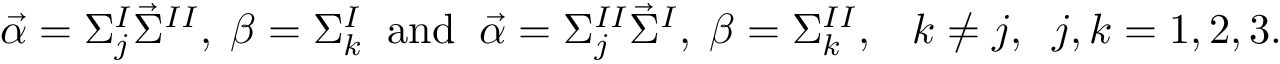
\vec { \alpha } = \Sigma _ { j } ^ { I } \vec { \Sigma } ^ { I I } , \; \beta = \Sigma _ { k } ^ { I } \; \; \mathrm { a n d } \; \; \vec { \alpha } = \Sigma _ { j } ^ { I I } \vec { \Sigma } ^ { I } , \; \beta = \Sigma _ { k } ^ { I I } , \; \; \; k \neq j , \; \; j , k = 1 , 2 , 3 .